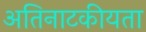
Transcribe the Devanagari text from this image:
अतिनाटकीयता